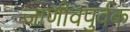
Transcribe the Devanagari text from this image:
जाणीवपुर्वक